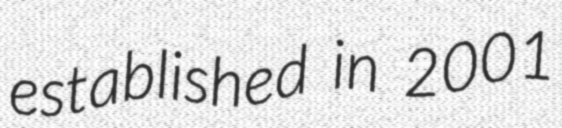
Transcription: established in 2001